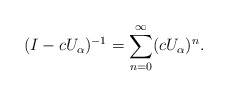
\begin{align*}(I-cU_\alpha)^{-1}=\sum_{n=0}^\infty (cU_\alpha)^n.\end{align*}